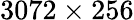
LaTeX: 3072\times 256